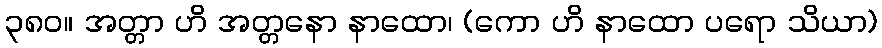
၃၈၀။ အတ္တာ ဟိ အတ္တနော နာထော၊ (ကော ဟိ နာထော ပရော သိယာ)